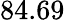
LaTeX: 84.69